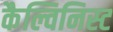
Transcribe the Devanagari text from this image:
कैल्विनिस्ट